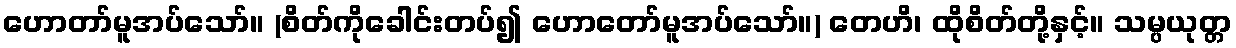
ဟောတာ်မူအပ်သော်။ (စိတ်ကိုခေါင်းတပ်၍ ဟောတော်မူအပ်သော်။) တေဟိ၊ ထိုစိတ်တို့နှင့်။ သမ္ပယုတ္တ